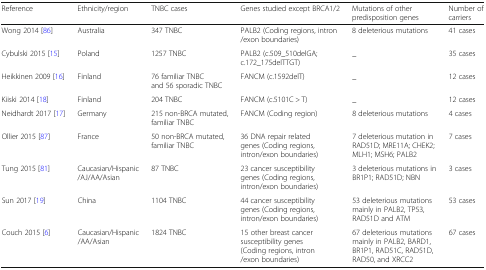
| Reference | Ethnicity/region | TNBC cases | Genes studied except BRCA1/2 | Mutations of other predisposition genes | Number of carriers |
 | --- | --- | --- | --- | --- | --- |
 | Wong 2014 [86] | Australia | 347 TNBC | PALB2 (Coding regions, intron/exon boundaries) | 8 deleterious mutations | 41 cases |
 | Cybulski 2015 [15] | Poland | 1257 TNBC | PALB2 (c.509_510delGA; c.172_175delTTGT) | _ | 35 cases |
 | Heikkinen 2009 [16] | Finland | 76 familiar TNBC and 56 sporadic TNBC | FANCM (c.1592delT) | _ | 12 cases |
 | Kiiski 2014 [18] | Finland | 204 TNBC | FANCM (c.5101C > T) | _ | 12 cases |
 | Neidhardt 2017 [17] | Germany | 215 non-BRCA mutated, familiar TNBC | FANCM (Coding region) | 8 deleterious mutations | 4 cases |
 | Ollier 2015 [87] | France | 50 non-BRCA mutated, familiar TNBC | 36 DNA repair related genes (Coding regions, intron/exon boundaries) | 7 deleterious mutation in RAD51D; MRE11A; CHEK2; MLH1; MSH6; PALB2 | 7 cases |
 | Tung 2015 [81] | Caucasian/Hispanic/AJ/AA/Asian | 87 TNBC | 23 cancer susceptibility genes (Coding regions, intron/exon boundaries) | 3 deleterious mutations in BR1P1; RAD51D; NBN | 3 cases |
 | Sun 2017 [19] | China | 1104 TNBC | 44 cancer susceptibility genes (Coding regions, intron/exon boundaries) | 53 deleterious mutations mainly in PALB2, TP53, RAD51D and ATM | 53 cases |
 | Couch 2015 [6] | Caucasian/Hispanic/AA/Asian | 1824 TNBC | 15 other breast cancer susceptibility genes (Coding regions, intron/exon boundaries) | 67 deleterious mutations mainly in PALB2, BARD1, BR1P1, RAD51C, RAD51D, RAD50, and XRCC2 | 67 cases |